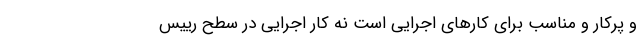
و پرکار و مناسب برای کارهای اجرایی است نه کار اجرایی در سطح رییس